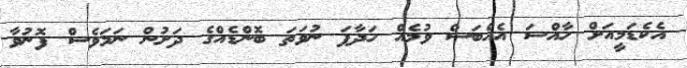
އެކެޑަމީއަށް ހާއްސަ އެއްބަސް ވުމެއް ހަދާފަ ނުވަތަ ބޮންޑެއްގެ ދަށުން ނަމަވެސް ފޮނުވާ